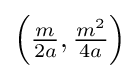
\left({\tfrac {m}{2a}},{\tfrac {m^{2}}{4a}}\right)\!